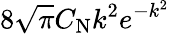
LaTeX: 8\sqrt{\pi}C_{\mathrm{N}}k^{2}e^{-k^{2}}